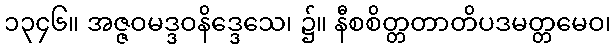
၁၃၄၆။ အဇ္ဇဝမဒ္ဒဝနိဒ္ဒေသေ၊ ၌။ နီစစိတ္တတာတိပဒမတ္တမေဝ၊